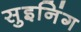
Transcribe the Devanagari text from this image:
सुइनिंग